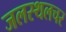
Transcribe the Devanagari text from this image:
जलस्थलचर